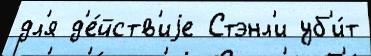
дл'я д'е́йств'иjе Стэнл'и уб'и́т